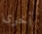
أخرى